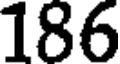
186